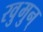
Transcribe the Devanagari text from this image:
रवुुमुन्